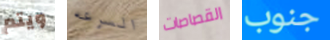
ويتم السرعه القصاصات جنوب